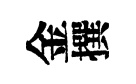
金撰